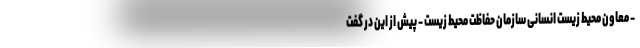
- معاون محیط زیست انسانی سازمان حفاظت محیط زیست - پیش از این در گفت